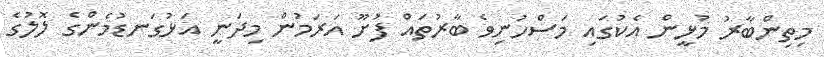
މިތިންބާރު މުޅީން އެކުގައި މަސްހުނިވެ ބާރުތައް ފުށޫ އަރަމުން މިދަނީ އަޅުގަނޑުމެންގެ ލޮލުގެ